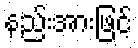
နည်းအားဖြင့်